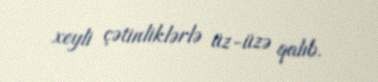
xeyli çətinliklərlə üz-üzə qalıb.